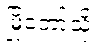
မြို့တော်သို့